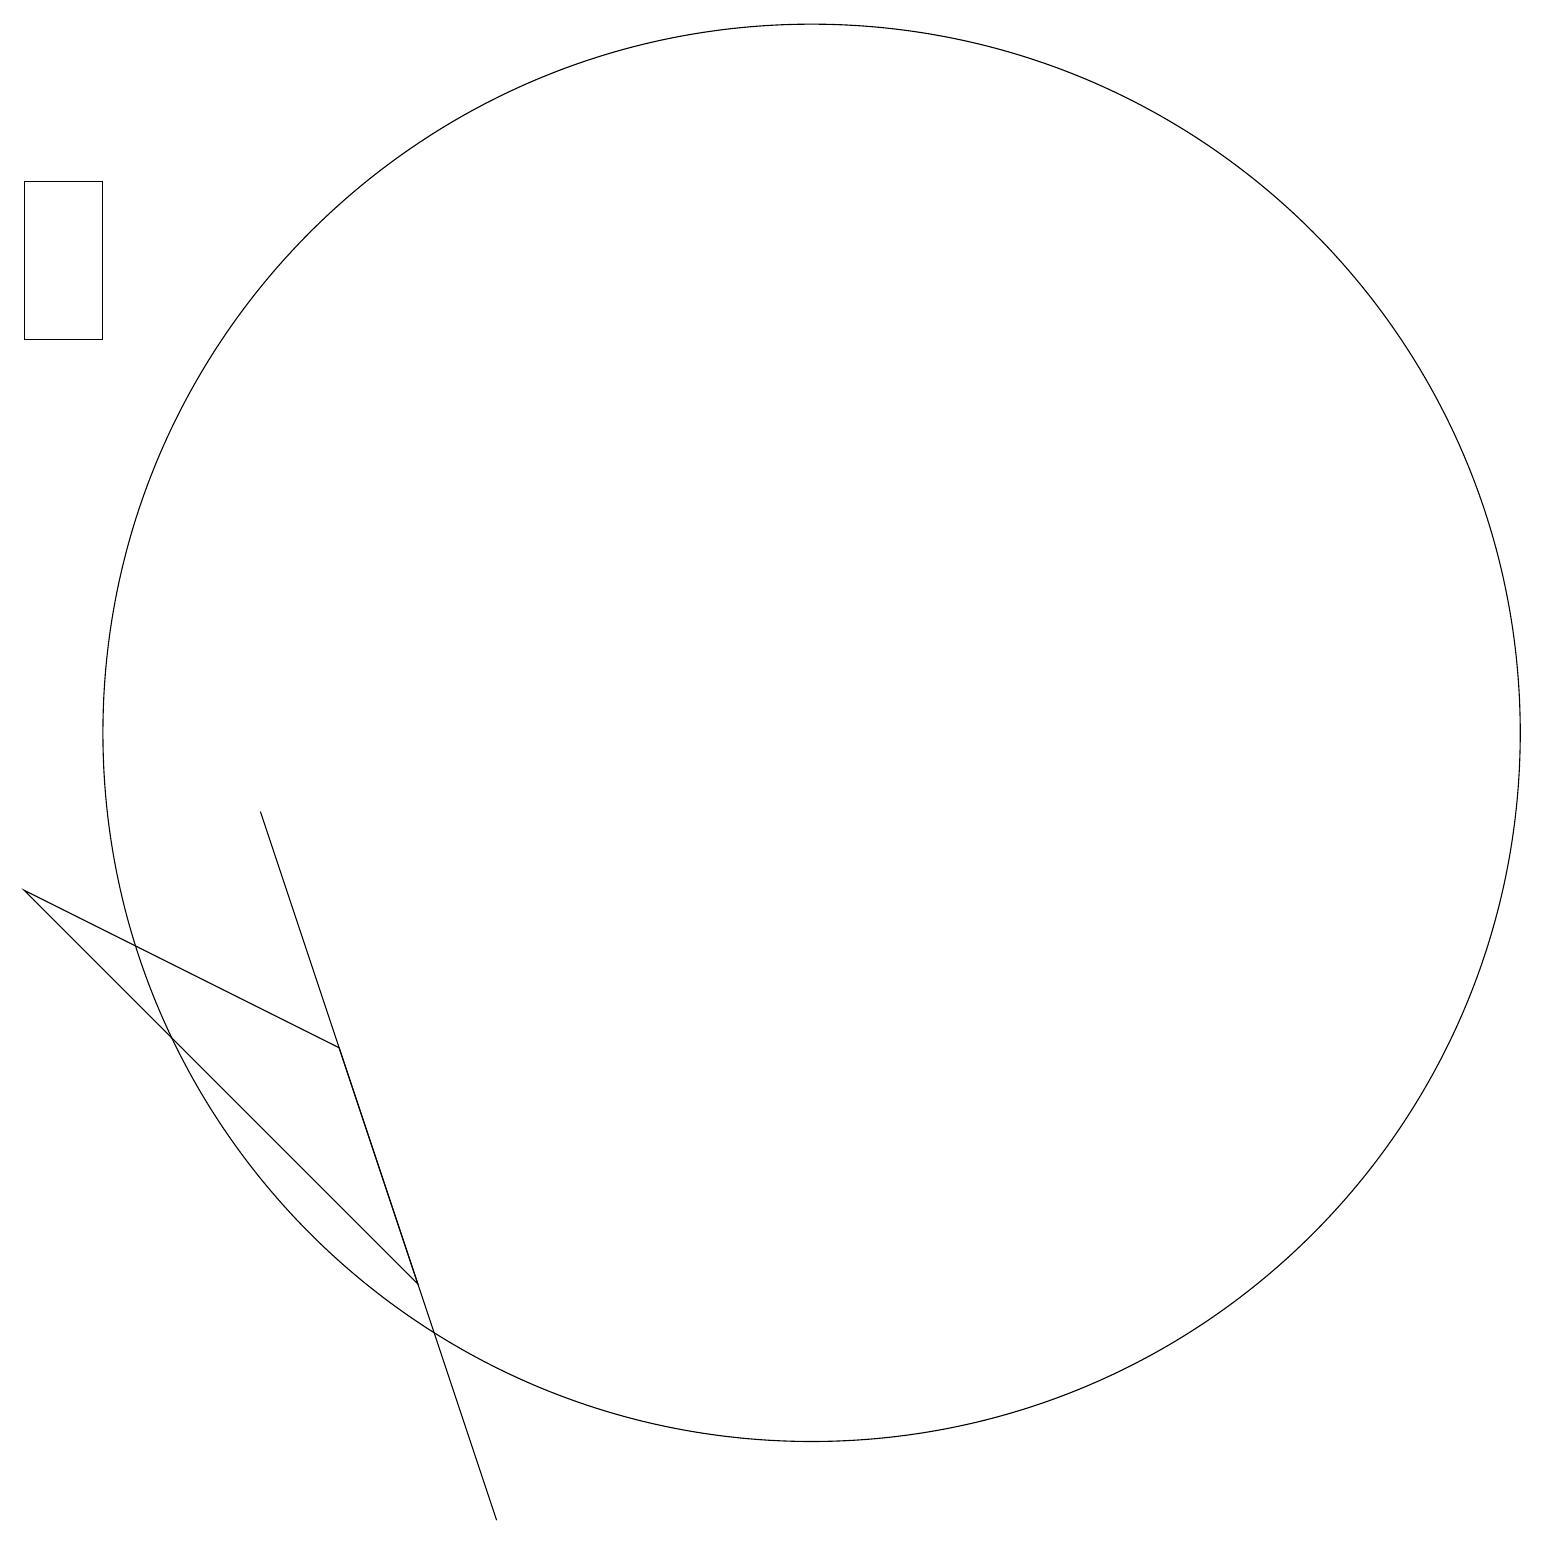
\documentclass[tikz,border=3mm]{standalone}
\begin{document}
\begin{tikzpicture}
\draw (6,0) -- (3,9) -- (5,3) -- cycle;
\draw (1,17) rectangle (0,15);
\draw (10,10) circle (9);
\draw (4,6) -- (5,3) -- (0,8) -- cycle;
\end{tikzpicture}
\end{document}